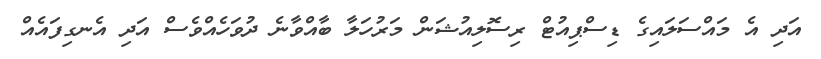
އަދި އެ މައްސަލައިގެ ޑިސްޕިއުޓް ރިސޮލިއުޝަން މަރުހަލާ ބާއްވާނެ ދުވަހެއްވެސް އަދި އެނގިފައެއް